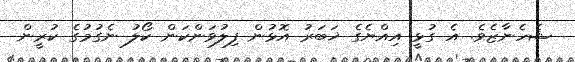
ޝެހެނާޒެވެ. އެ ގުޅީ އިއްޔެގެ ޚަބަރު އޮޅުން ފިލުވަންކަން ކޯލު ނެގުމުގެ ކުރީން